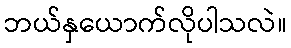
ဘယ်နှယောက်လိုပါသလဲ။